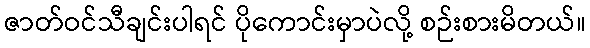
ဇာတ်ဝင်သီချင်းပါရင် ပိုကောင်းမှာပဲလို့ စဉ်းစားမိတယ်။